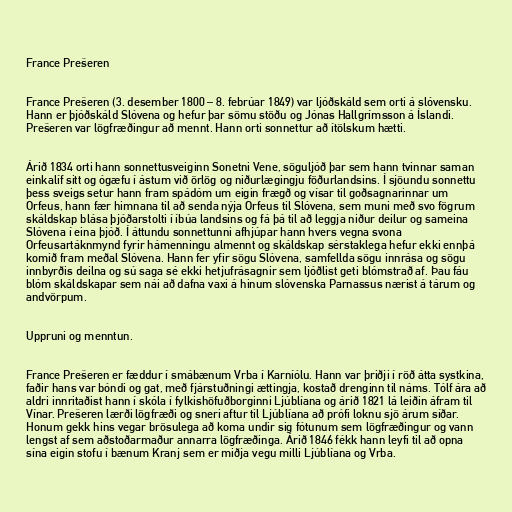
France Prešeren

France Prešeren (3. desember 1800 – 8. febrúar 1849) var ljóðskáld sem orti á slóvensku.
Hann er þjóðskáld Slóvena og hefur þar sömu stöðu og Jónas Hallgrímsson á Íslandi.
Prešeren var lögfræðingur að mennt. Hann orti sonnettur að ítölskum hætti.

Árið 1834 orti hann sonnettusveiginn Sonetni Vene, söguljóð þar sem hann tvinnar saman
einkalíf sitt og ógæfu í ástum við örlög og niðurlægingju föðurlandsins. Í sjöundu sonnettu
þess sveigs setur hann fram spádóm um eigin frægð og vísar til goðsagnarinnar um
Orfeus, hann fær himnana til að senda nýja Orfeus til Slóvena, sem muni með svo fögrum
skáldskap blása þjóðarstolti í íbúa landsins og fá þá til að leggja niður deilur og sameina
Slóvena í eina þjóð. Í áttundu sonnettunni afhjúpar hann hvers vegna svona
Orfeusartáknmynd fyrir hámenningu almennt og skáldskap sérstaklega hefur ekki ennþá
komið fram meðal Slóvena. Hann fer yfir sögu Slóvena, samfellda sögu innrása og sögu
innbyrðis deilna og sú saga sé ekki hetjufrásagnir sem ljóðlist geti blómstrað af. Þau fáu
blóm skáldskapar sem nái að dafna vaxi á hinum slóvenska Parnassus nærist á tárum og
andvörpum.

Uppruni og menntun.

France Prešeren er fæddur í smábænum Vrba í Karníólu. Hann var þriðji í röð átta systkina,
faðir hans var bóndi og gat, með fjárstuðningi ættingja, kostað drenginn til náms. Tólf ára að
aldri innritaðist hann í skóla í fylkishöfuðborginni Ljúblíana og árið 1821 lá leiðin áfram til
Vínar. Prešeren lærði lögfræði og sneri aftur til Ljúblíana að prófi loknu sjö árum síðar.
Honum gekk hins vegar brösulega að koma undir sig fótunum sem lögfræðingur og vann
lengst af sem aðstoðarmaður annarra lögfræðinga. Árið 1846 fékk hann leyfi til að opna
sína eigin stofu í bænum Kranj sem er miðja vegu milli Ljúblíana og Vrba.